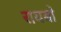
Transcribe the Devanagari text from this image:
रायबो